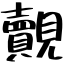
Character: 覿